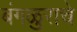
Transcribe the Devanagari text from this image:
बंगळुराचे